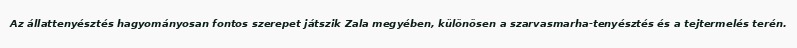
Az állattenyésztés hagyományosan fontos szerepet játszik Zala megyében, különösen a szarvasmarha-tenyésztés és a tejtermelés terén.